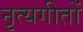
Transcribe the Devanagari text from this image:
नृत्यगीतों